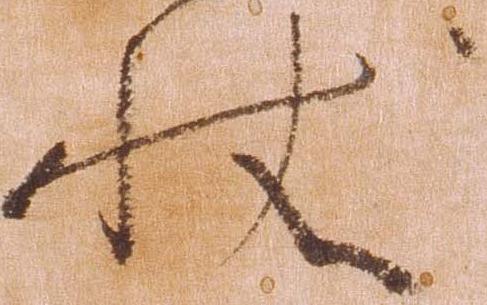
状